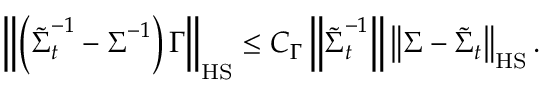
\left\| \left( \widetilde { \boldsymbol { \Sigma } } _ { t } ^ { - 1 } - \boldsymbol { \Sigma } ^ { - 1 } \right) \boldsymbol { \Gamma } \right\| _ { \mathrm { H S } } \leq C _ { \Gamma } \left\| \widetilde { \boldsymbol { \Sigma } } _ { t } ^ { - 1 } \right\| \left\| \boldsymbol { \Sigma } - \widetilde { \boldsymbol { \Sigma } } _ { t } \right\| _ { \mathrm { H S } } .